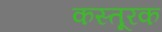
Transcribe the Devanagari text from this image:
कस्तूरक